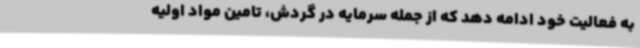
به فعالیت خود ادامه دهد که از جمله سرمایه در گردش، تامین مواد اولیه